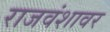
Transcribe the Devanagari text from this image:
राजवंशावर